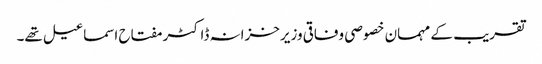
تقریب کے مہمان خصوصی وفاقی وزیرخزانہ ڈاکٹر مفتاح اسماعیل تھے۔